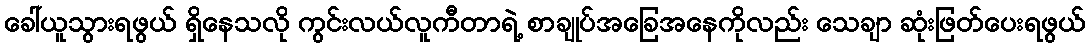
ခေါ်ယူသွားရဖွယ် ရှိနေသလို ကွင်းလယ်လူကီတာရဲ့ စာချုပ်အခြေအနေကိုလည်း သေချာ ဆုံးဖြတ်ပေးရဖွယ်